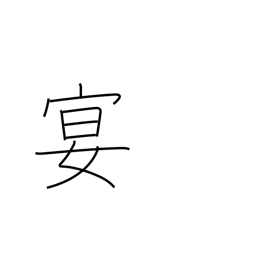
Meaning: party